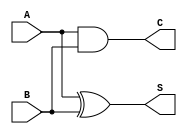
module CurrentModeHalfAdder (
    input wire A,  // Current input A
    input wire B,  // Current input B
    output wire S, // Current output Sum
    output wire C  // Current output Carry
);

// Internal signals for the logic operations
wire A_and_B;  // Intermediate signal for carry (A AND B)
wire A_xor_B;  // Intermediate signal for sum (A XOR B)

// Logic operations
assign A_and_B = A & B;      // Carry generation: C = A AND B
assign A_xor_B = A ^ B;      // Sum generation: S = A XOR B

// Assign outputs
assign C = A_and_B;          // Assign carry output
assign S = A_xor_B;          // Assign sum output

endmodule